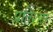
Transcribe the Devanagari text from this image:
प्रतिशल